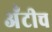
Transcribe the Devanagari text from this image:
अँटीच